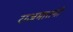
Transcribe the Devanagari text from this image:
राजमातंगी